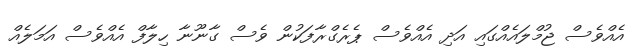
އެއްވެސް ޖުމްލައެއްގައި އަދި އެއްވެސް ޕެރެގްރާފަކުން ވެސް ގާނޫނާ ހިލާފް އެއްވެސް އަމަލެއް